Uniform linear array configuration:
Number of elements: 4
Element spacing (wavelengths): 1
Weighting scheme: hann
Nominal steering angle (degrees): -60
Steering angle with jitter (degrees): -58.657
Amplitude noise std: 0.05
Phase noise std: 0.05

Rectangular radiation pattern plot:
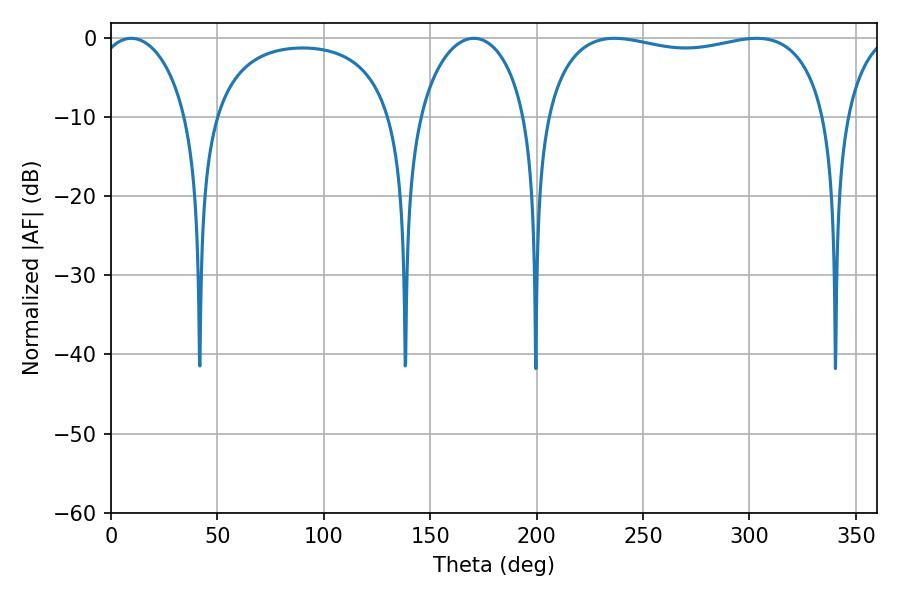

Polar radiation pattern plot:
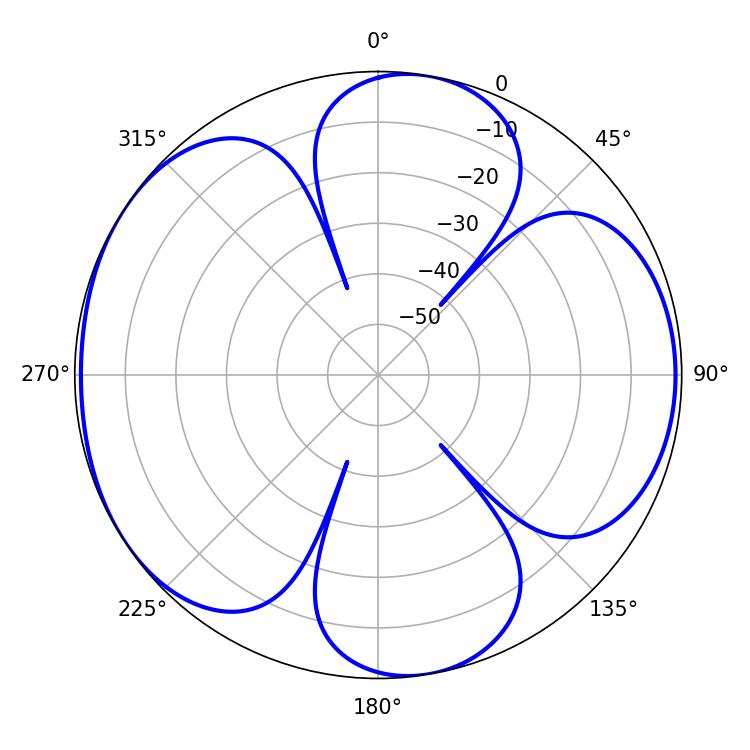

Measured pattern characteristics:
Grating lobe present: TRUE
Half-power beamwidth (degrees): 24.48
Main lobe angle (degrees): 9.54